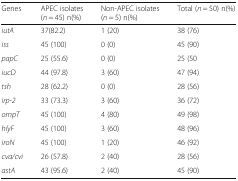
| Genes | APEC isolates (n = 45) n(%) | Non-APEC isolates (n = 5) n(%) | Total (n = 50) n(%) |
 | --- | --- | --- | --- |
 | iutA | 37(82.2) | 1 (20) | 38 (76) |
 | iss | 45 (100) | 0 (0) | 45 (90) |
 | papC | 25 (55.6) | 0 (0) | 25 (50 |
 | iucD | 44 (97.8) | 3 (60) | 47 (94) |
 | tsh | 28 (62.2) | 0 (0) | 28 (56) |
 | irp-2 | 33 (73.3) | 3 (60) | 36 (72) |
 | ompT | 45 (100) | 4 (80) | 49 (98) |
 | hlyF | 45 (100) | 3 (60) | 48 (96) |
 | iroN | 45 (100) | 1 (20) | 46 (92) |
 | cva/cvi | 26 (57.8) | 2 (40) | 28 (56) |
 | astA | 43 (95.6) | 2 (40) | 45 (90) |